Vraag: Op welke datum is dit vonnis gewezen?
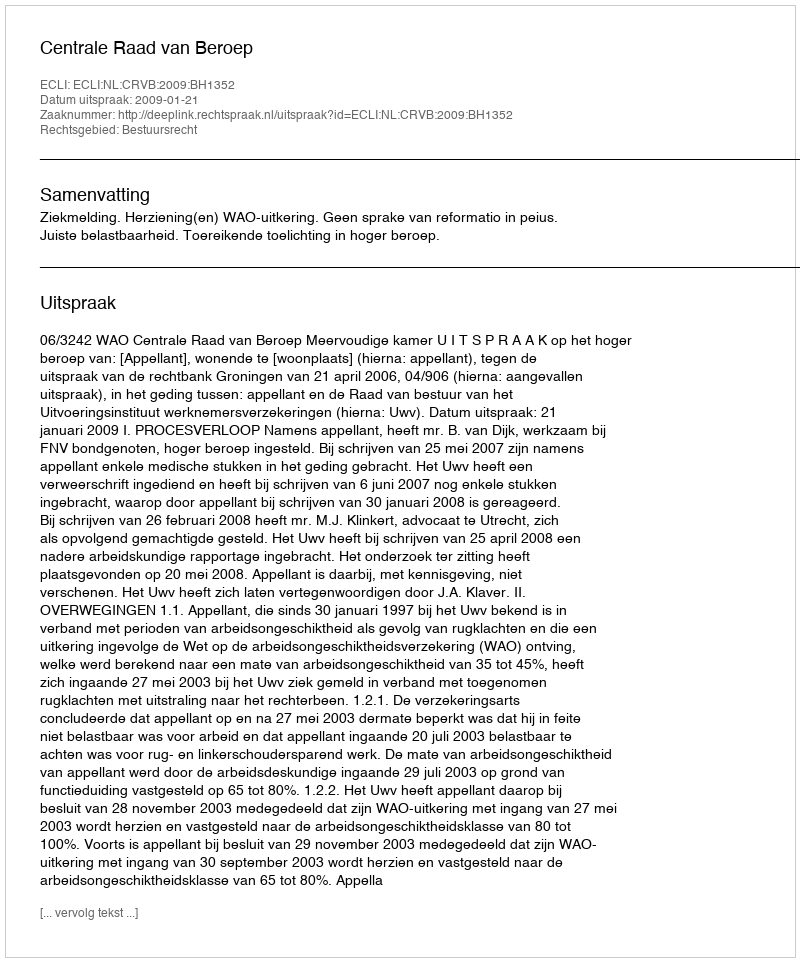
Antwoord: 2009-01-21